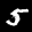
Label: 5